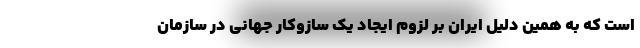
است که به همین دلیل ایران بر لزوم ایجاد یک سازوکار جهانی در سازمان